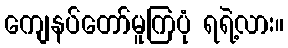
ကျေနပ်တော်မူကြပုံ ရရဲ့လား။